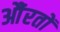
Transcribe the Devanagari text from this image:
औंरतों